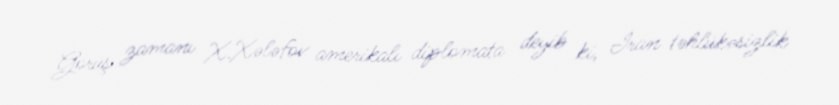
Görüş zamanı X.Xələfov amerikalı diplomata deyib ki, İran təhlükəsizlik